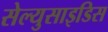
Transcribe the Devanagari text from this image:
सेल्युसाइडिस